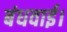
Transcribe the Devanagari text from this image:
बंधवाई।